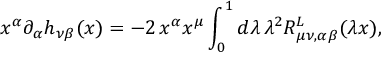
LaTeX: x ^ { \alpha } \partial _ { \alpha } h _ { \nu \beta } ( x ) = - 2 \, x ^ { \alpha } x ^ { \mu } \int _ { 0 } ^ { 1 } d \lambda \, \lambda ^ { 2 } R _ { \mu \nu , \alpha \beta } ^ { L } ( \lambda x ) ,